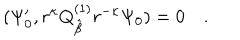
LaTeX: ( \Psi _ { 0 } ^ { \prime } , r ^ { \kappa } Q _ { \hat { \beta } } ^ { ( 1 ) } r ^ { - \kappa } \Psi _ { 0 } ) = 0 \quad .